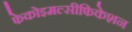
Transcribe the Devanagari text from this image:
फेकोइमल्सीफिकेशन